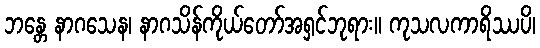
ဘန္တေ နာဂသေန၊ နာဂသိန်ကိုယ်တော်အရှင်ဘုရား။ ကုသလကာရိဿပိ၊